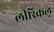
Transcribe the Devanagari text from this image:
लीरिकल